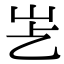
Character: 𡵋